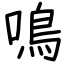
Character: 鳴